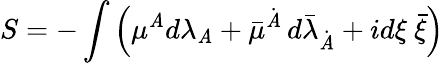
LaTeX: S=-\int\left({\mu}{}^{\mathit{A}}d\lambda_{\mathit{A}}+\bar{{\mu}}{}^{\dot{{\mathit{A}}}}\, d{\bar{{\lambda}}}_{\dot{{\mathit{A}}}}+id{\xi}~\bar{{\xi}}\right)